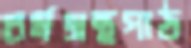
ধর্মগ্রন্থপাঠ